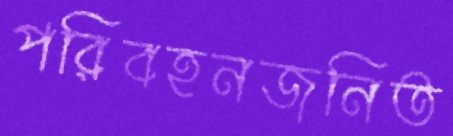
পরিবহনজনিত